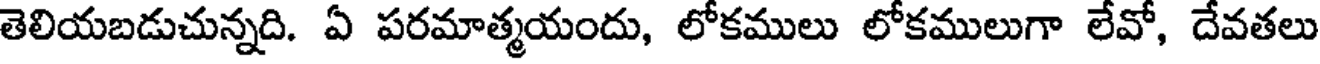
తెలియబడుచున్నది. ఏ పరమాత్మయందు, లోకములు లోకములుగా లేవో, దేవతలు